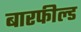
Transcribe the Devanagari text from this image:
बारफील्ड